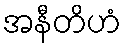
အနီတိဟံ